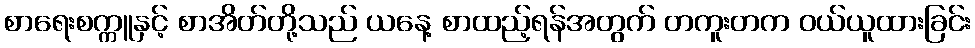
စာရေးစက္ကူနှင့် စာအိတ်တို့သည် ယနေ့ စာထည့်ရန်အတွက် တကူးတက ဝယ်ယူထားခြင်း